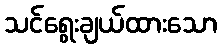
သင်ရွေးချယ်ထားသော